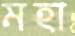
মহা